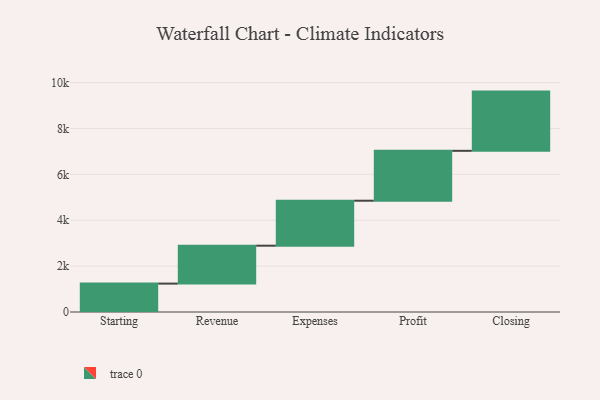
{"axis": {"x": "Step", "y": "Value"}, "legend": [""], "data": [{"x": "Starting", "y": 1238.0, "type": ""}, {"x": "Revenue", "y": 1653.0, "type": ""}, {"x": "Expenses", "y": 1961.0, "type": ""}, {"x": "Profit", "y": 2175.0, "type": ""}, {"x": "Closing", "y": 2582.0, "type": ""}]}